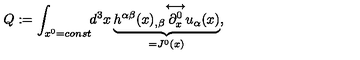
Q : = \int _ { x ^ { 0 } = c o n s t } \! \! d ^ { 3 } x \underbrace { h ^ { \alpha \beta } ( x ) _ { , \beta } { \stackrel { \longleftrightarrow } { \partial _ { x } ^ { 0 } } } u _ { \alpha } ( x ) } _ { = J ^ { 0 } ( x ) } ,